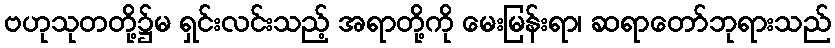
ဗဟုသုတတို့၌မ ရှင်းလင်းသည့် အရာတို့ကို မေးမြန်းရာ၊ ဆရာတော်ဘုရားသည်